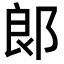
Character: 郞